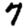
Digit: 7